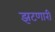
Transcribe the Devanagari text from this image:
झटणारी